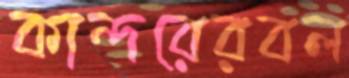
কান্দরেরবল